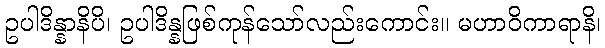
ဥပါဒိန္နာနိပိ၊ ဥပါဒိန္နဖြစ်ကုန်သော်လည်းကောင်း။ မဟာဝိကာရာနိ၊